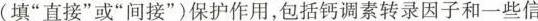
(填”直接”或”间接”)保护作用，包括钙调素转录因子和一些信